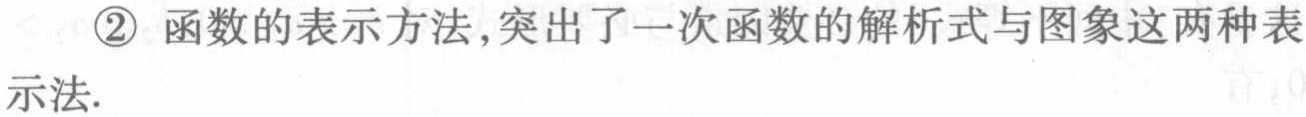
\textcircled{2} 函数的表示方法,突出了一次函数的解析式与图象这两种表示法.